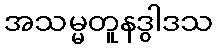
အသမ္မတူနဒွါဒသ